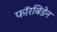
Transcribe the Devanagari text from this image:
फॉरबिडेन